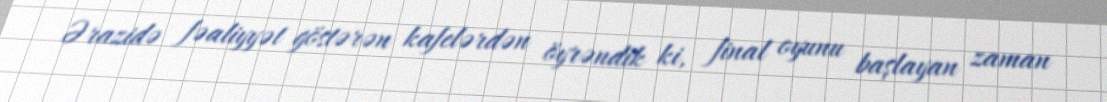
Ərazidə fəaliyyət göstərən kafelərdən öyrəndik ki, final oyunu başlayan zaman